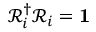
\mathcal { R } _ { i } ^ { \dagger } \mathcal { R } _ { i } = \mathbf { 1 }